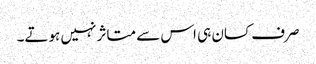
صرف کسان ہی اس سے متاثر نہیں ہوتے۔